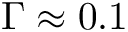
\Gamma \approx 0 . 1